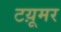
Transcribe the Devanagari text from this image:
टय़ूमर